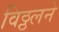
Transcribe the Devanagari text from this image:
विठ्ठलने